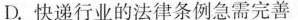
D.快递行业的法律条例急需完善